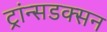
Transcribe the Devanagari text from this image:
ट्रांन्सडक्सन